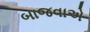
બાજવાએ